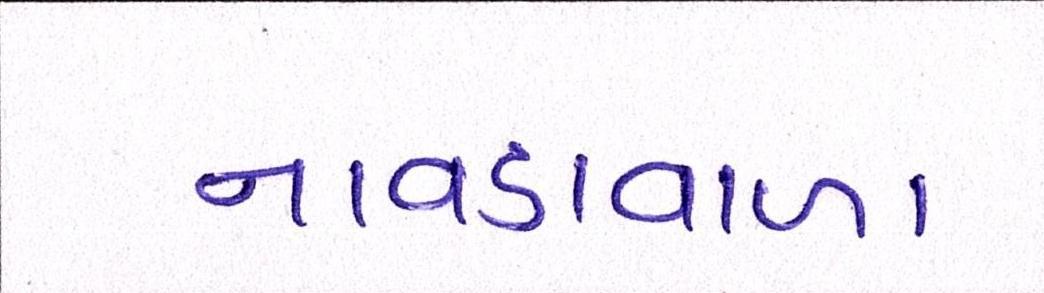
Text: નાવડાવાળા